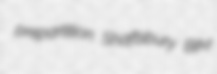
prepartition Shaftsbury BIM